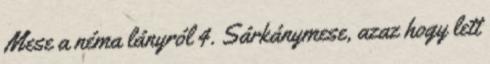
Mese a néma lányról 4. Sárkánymese, azaz hogy lett